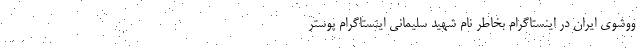
ووشوی ایران در اینستاگرام بخاطر نام شهید سلیمانی اینستاگرام پوستر